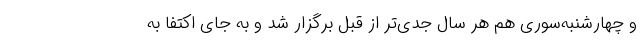
و چهارشنبه‌سوری هم هر سال جدی‌تر از قبل برگزار شد و به جای اکتفا به